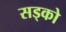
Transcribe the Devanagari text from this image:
सड्को